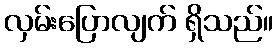
လှမ်းပြောလျက် ရှိသည်။